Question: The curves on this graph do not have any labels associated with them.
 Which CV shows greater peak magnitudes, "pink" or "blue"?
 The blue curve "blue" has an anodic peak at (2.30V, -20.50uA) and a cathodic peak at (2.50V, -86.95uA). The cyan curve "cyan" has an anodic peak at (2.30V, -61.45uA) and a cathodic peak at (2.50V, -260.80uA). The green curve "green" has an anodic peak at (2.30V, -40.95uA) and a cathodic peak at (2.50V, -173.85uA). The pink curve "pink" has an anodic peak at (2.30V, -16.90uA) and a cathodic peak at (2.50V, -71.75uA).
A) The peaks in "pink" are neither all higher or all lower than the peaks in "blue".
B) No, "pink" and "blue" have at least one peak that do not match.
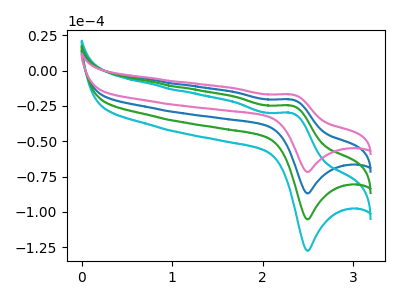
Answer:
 <answer>A) The peaks in "pink" are neither all higher or all lower than the peaks in "blue".</answer>
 <eval>A</eval>